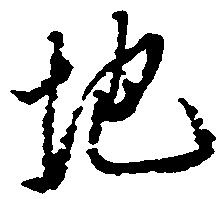
地